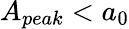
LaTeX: A_{peak}<a_{0}